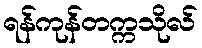
ရန်ကုန်တက္ကသိုလ်